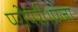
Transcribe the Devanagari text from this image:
परोपरी।प्रजा